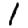
Digit: 1